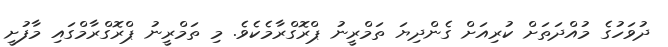
ދުވަހުގެ މުއްދަތަށް ކުރިއަށް ގެންދިޔަ ތަމްރީނު ޕްރޮގްރާމެކެވެ. މި ތަމްރީނު ޕްރޮގްރާމްގައި މާފުށީ